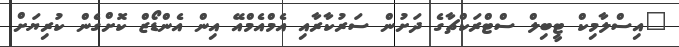
"އިސްލާމިކް ޓީބިލް ސްޓްރަކްޗާގެ ދަށުން ސަރުކާރާއި އެމްއެމްއޭ އިން އެންޑޯޒް ކޮށްގެން ކުރިޔަށް